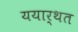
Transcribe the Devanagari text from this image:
ययार्थत